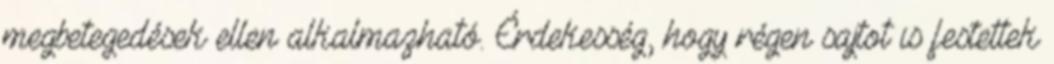
megbetegedések ellen alkalmazható. Érdekesség, hogy régen sajtot is festettek